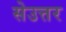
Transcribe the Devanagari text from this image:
सेउत्तर